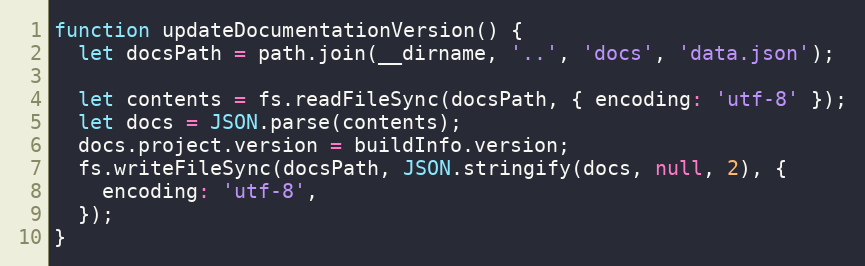
Language: JavaScript
function updateDocumentationVersion() {
  let docsPath = path.join(__dirname, '..', 'docs', 'data.json');

  let contents = fs.readFileSync(docsPath, { encoding: 'utf-8' });
  let docs = JSON.parse(contents);
  docs.project.version = buildInfo.version;
  fs.writeFileSync(docsPath, JSON.stringify(docs, null, 2), {
    encoding: 'utf-8',
  });
}